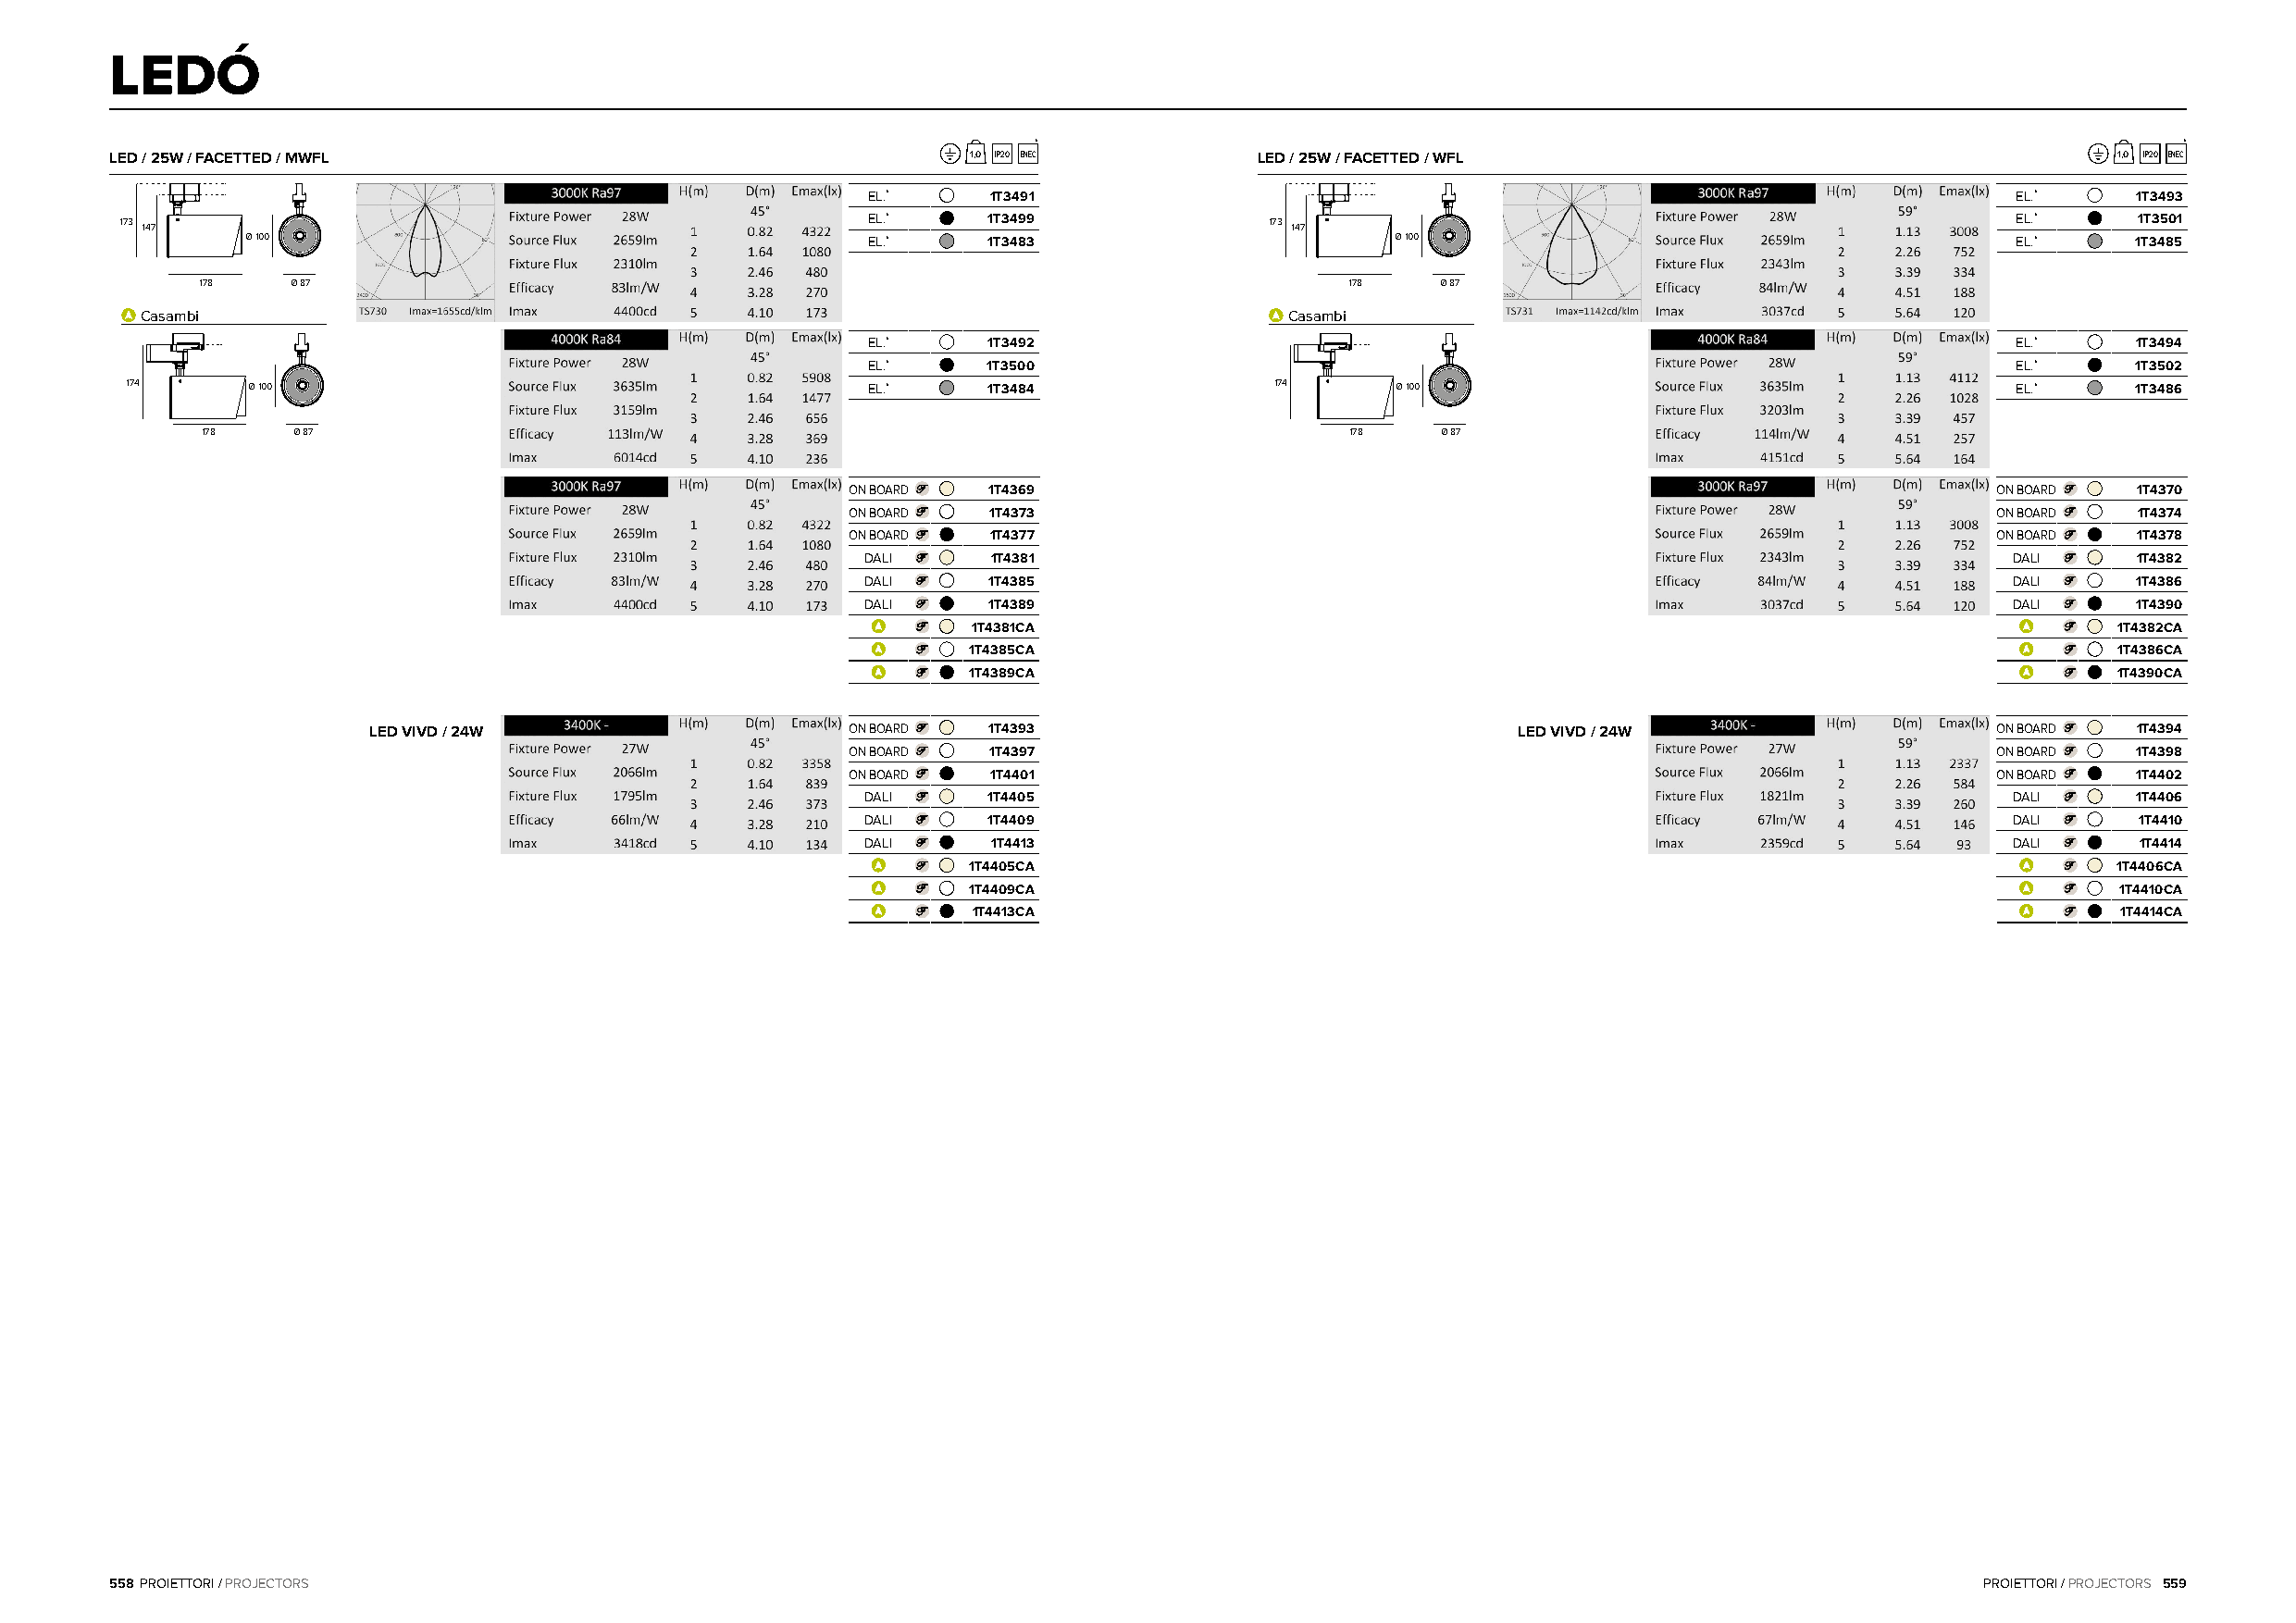
LEDÓ
 *                                                                                 *
 LED / 25W / FACETTED / MWFL                                  1,0 IP20 ENEC        LED / 25W / FACETTED / WFL                                   1,0 IP20 ENEC
 EL.*     1T3491                                                                   EL.*     1T3493
 173 147                                              EL.*     1T3499              173 147                                              EL.*     1T3501
 Ø 100                                       EL.*     1T3483                       Ø 100                                       EL.*     1T3485
 178    Ø 87                                                                       178    Ø 87
 Casambi                                                                           Casambi
 EL.*     1T3492                                                                   EL.*     1T3494
 EL.*     1T3500                                                                   EL.*     1T3502
 174      Ø 100                                       EL.*     1T3484              174      Ø 100                                       EL.*     1T3486
 178    Ø 87                                                                       178    Ø 87
 ON BOARD  1T4369                                                                  ON BOARD  1T4370
 ON BOARD  1T4373                                                                  ON BOARD  1T4374
 ON BOARD  1T4377                                                                  ON BOARD  1T4378
 DALI     1T4381                                                                   DALI     1T4382
 DALI     1T4385                                                                   DALI     1T4386
 DALI     1T4389                                                                   DALI     1T4390
 1T4381CA                                                                          1T4382CA
 1T4385CA                                                                          1T4386CA
 1T4389CA                                                                          1T4390CA
 LED VIVD / 24W                     ON BOARD  1T4393                                LED VIVD / 24W                    ON BOARD  1T4394
 ON BOARD  1T4397                                                                  ON BOARD  1T4398
 ON BOARD  1T4401                                                                  ON BOARD  1T4402
 DALI     1T4405                                                                   DALI     1T4406
 DALI     1T4409                                                                   DALI     1T4410
 DALI     1T4413                                                                   DALI     1T4414
 1T4405CA                                                                          1T4406CA
 1T4409CA                                                                           1T4410CA
 1T4413CA                                                                          1T4414CA
 558 PROIETTORI / PROJECTORS                                                                                                           PROIETTORI / PROJECTORS 559